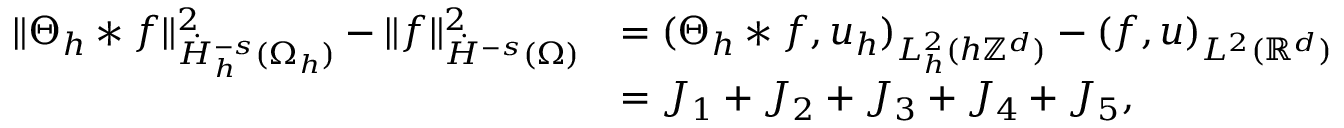
\begin{array} { r l } { \| \Theta _ { h } * f \| _ { \dot { H } _ { h } ^ { - s } ( \Omega _ { h } ) } ^ { 2 } - \| f \| _ { \dot { H } ^ { - s } ( \Omega ) } ^ { 2 } } & { = ( \Theta _ { h } * f , u _ { h } ) _ { L _ { h } ^ { 2 } ( h \mathbb { Z } ^ { d } ) } - ( f , u ) _ { L ^ { 2 } ( \mathbb { R } ^ { d } ) } } \\ & { = J _ { 1 } + J _ { 2 } + J _ { 3 } + J _ { 4 } + J _ { 5 } , } \end{array}